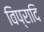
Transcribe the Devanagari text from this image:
विप्रादि